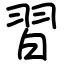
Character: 習